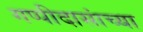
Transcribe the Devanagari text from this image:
गप्पीदासांच्या